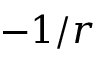
- 1 / r